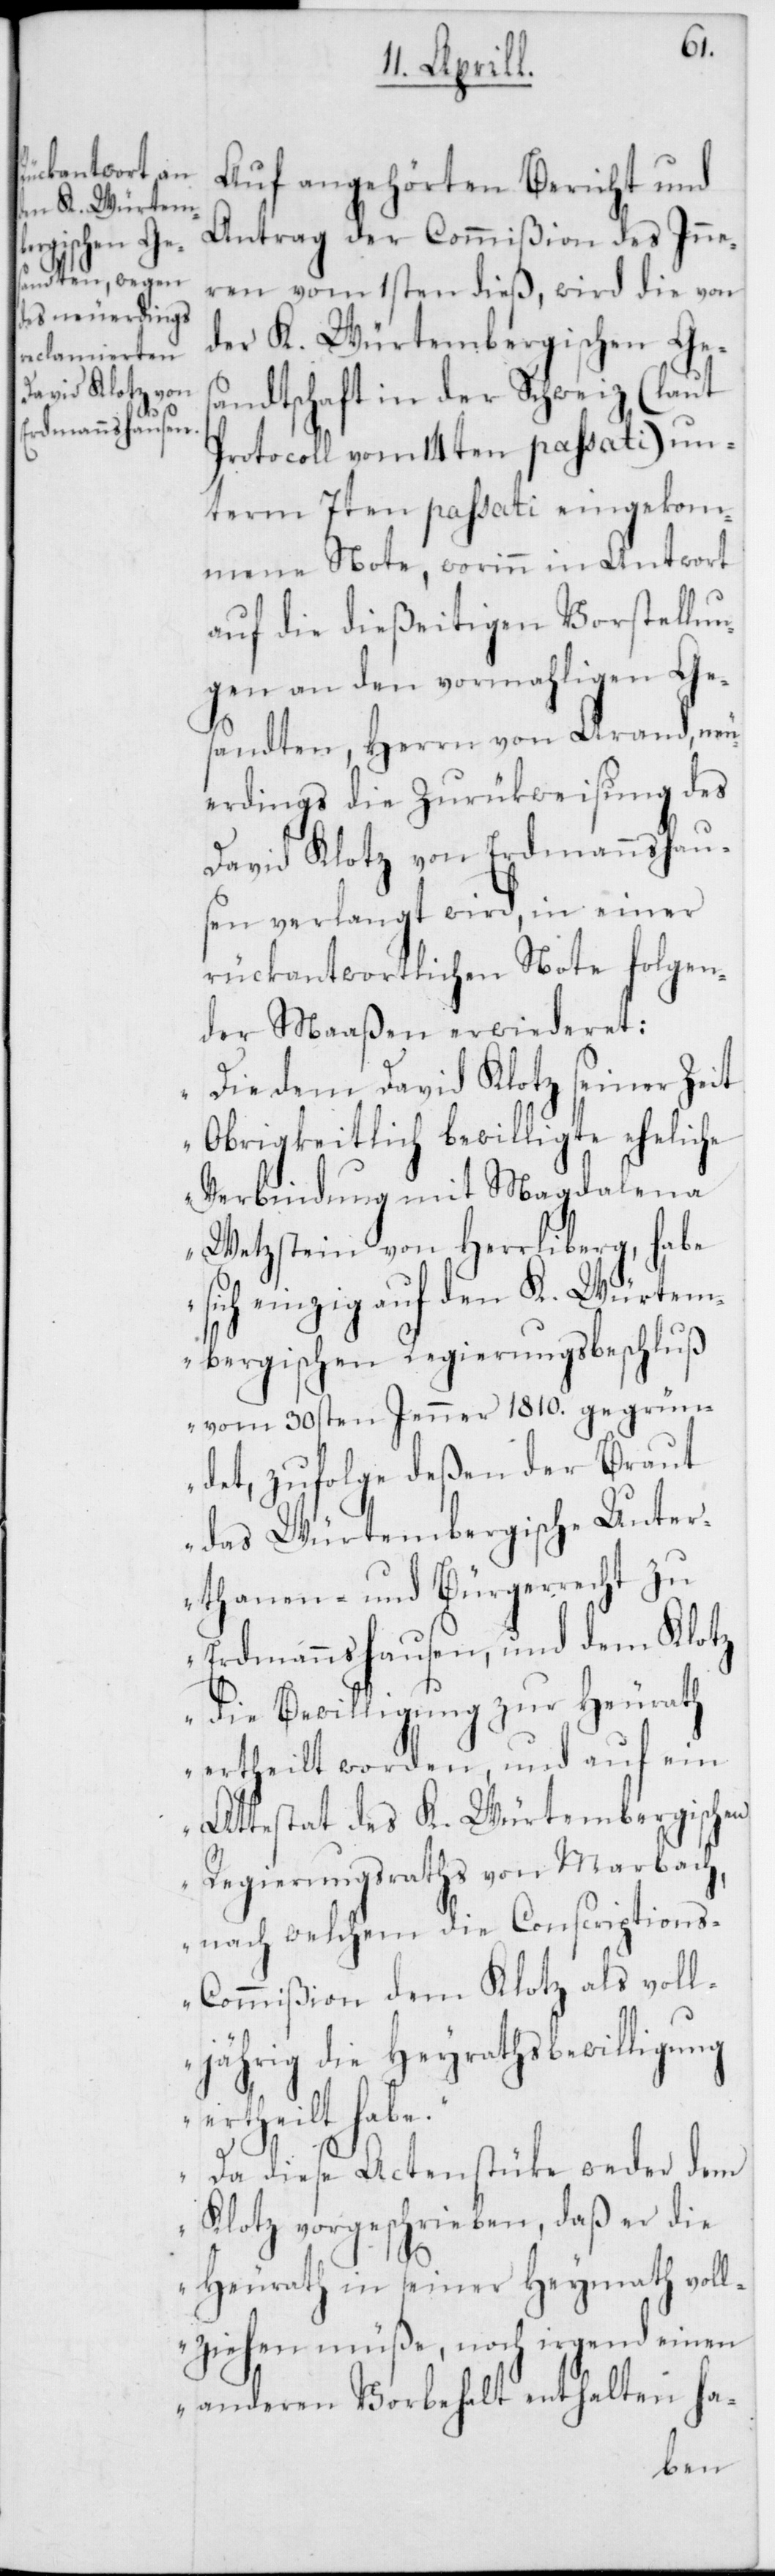
Auf angehörten Bericht und
Antrag der Commißion des Inne¬
ren vom 1sten dieß, wird die von
der K. Würtembergischen Ges¬
andtschaft in der Schweiz (laut
Protocoll vom 14ten passati) un¬
term 7ten passati eingekom¬
mene Note, worinn in Antwort
auf die dießeitigen Vorstellun¬
gen an den vormahligen Ge¬
sandten, Herrn von Arand, neu¬
erdings die Zurückweisung des
David Klotz von Erdmannshau¬
sen verlangt wird, in einer
rückantwortlichen Note folgen¬
der Maaßen erwideret:
„Die dem David Klotz seiner Zeit
Obrigkeitlich bewilligte eheliche
Verbindung mit Magdalena
Wetzstein von Herrliberg, habe
sich einzig auf den K. Würtem¬
bergischen Regierungsbeschluß
vom 30sten Jenner 1810. gegrün¬
det, zufolge deßen der Braut
das Würtembergische Unter¬
thanen- und Bürgerrecht zu
Erdmannshausen, und dem Klotz
die Bewilligung zur Heurath
ertheilt worden, und auf ein
Attestat des K. Würtembergischen
Regierungsraths von Marbach,
nach welchem die Conscription¬
s-Commißion dem Klotz als voll¬
jährig die Heyrathsbewilligung
ertheilt habe.“
„Da diese Actenstücke weder dem
Klotz vorgeschrieben, daß er die
Heurath in seiner Heymath vol¬
lziehen müße noch irgend einen
anderen Vorbehalt enthalten ha-